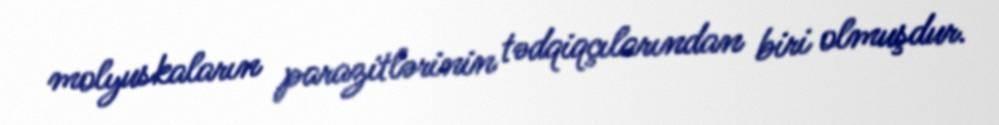
molyuskaların parazitlərinin tədqiqçılarından biri olmuşdur.